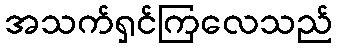
အသက်ရှင်ကြလေသည်